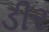
ડીર